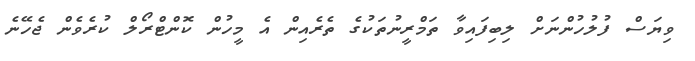
ވިޔަސް ފުލުހުންނަށް ލިބިފައިވާ ތަމްރީނުތަކުގެ ތެރެއިން އެ މީހުން ކޮންޓްރޯލް ކުރެވެން ޖެހޭނެ